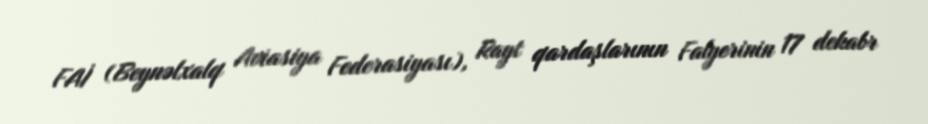
FAİ (Beynəlxalq Aviasiya Federasiyası), Rayt qardaşlarının Falyerinin 17 dekabr